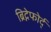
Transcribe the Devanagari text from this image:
ब्रिद्गेफोर्द्